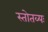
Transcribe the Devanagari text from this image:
स्तोतव्यः